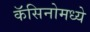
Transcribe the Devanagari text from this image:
कॅसिनोमध्ये